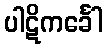
ပါဋိကင်္ခေါ